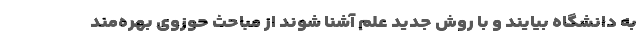
به دانشگاه بیایند و با روش جدید علم آشنا شوند از مباحث حوزوی بهره‌مند